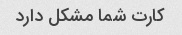
کارت شما مشکل دارد